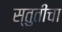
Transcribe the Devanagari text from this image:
स्तुतींचा